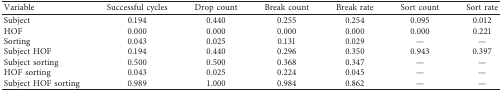
| Variable | Successful cycles | Drop count | Break count | Break rate | Sort count | Sort rate |
 | --- | --- | --- | --- | --- | --- | --- |
 | Subject | 0.194 | 0.440 | 0.255 | 0.254 | 0.095 | 0.012 |
 | HOF | 0.000 | 0.000 | 0.000 | 0.000 | 0.000 | 0.221 |
 | Sorting | 0.043 | 0.025 | 0.131 | 0.029 | — | — |
 | Subject HOF | 0.194 | 0.440 | 0.296 | 0.350 | 0.943 | 0.397 |
 | Subject sorting | 0.500 | 0.500 | 0.368 | 0.347 | — | — |
 | HOF sorting | 0.043 | 0.025 | 0.224 | 0.045 | — | — |
 | Subject HOF sorting | 0.989 | 1.000 | 0.984 | 0.862 | — | — |